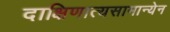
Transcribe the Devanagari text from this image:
दाक्षिणात्यसामान्येन